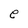
Character: e